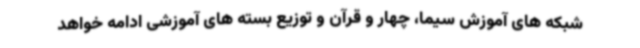
شبکه های آموزش سیما، چهار و قرآن و توزیع بسته های آموزشی ادامه خواهد